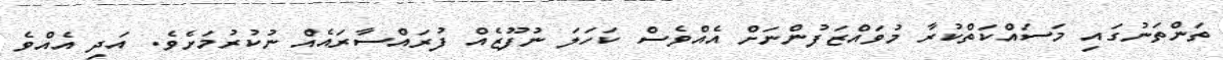
ތަންތަނުގައި މަސައްކަތްކުރާ މުވައްޒަފުންނަށް އެއްވެސް ކަހަލަ ނުފޫޒެއް ފުރައްސާރައެއް ނުކުރުމަށެވެ. އަދި އެއްވެ